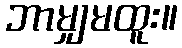
ဘာမျှမထူး။